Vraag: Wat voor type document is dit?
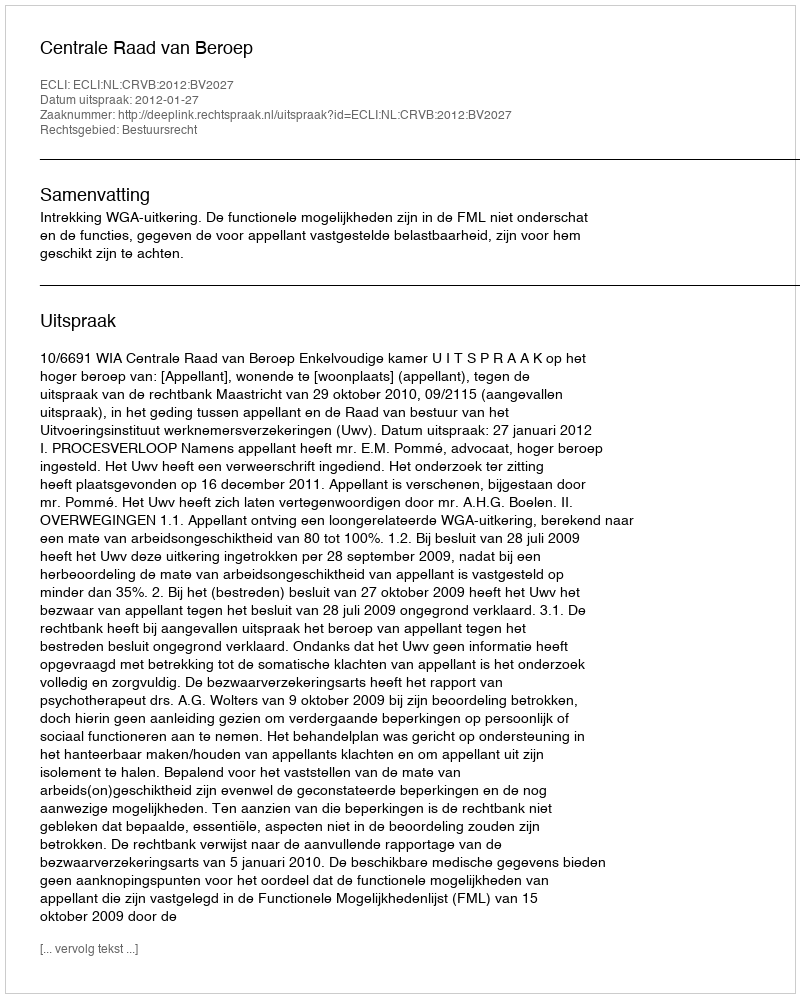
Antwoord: Uitspraak